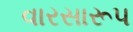
વારસારૂપ